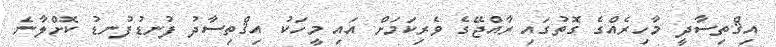
އިޤްތިސާދީ މާހިރެއްގެ ގޮތުގައި ރާއްޖޭގެ ވެރިކަމަށް އައި މީހަކު އިޤްތިސާދު ފުނޑުފުނޑު ކޮށްލާނެ